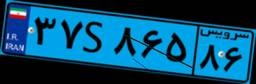
۹۳S۹۱۷۹۲